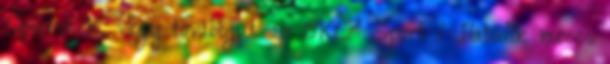
Spursnek, vagy továbbjut az OKC? Sport 1 Hatodik meccs